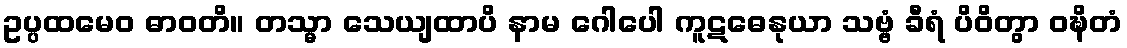
ဥပ္ပထမေဝ ဓာဝတိ။ တသ္မာ သေယျထာပိ နာမ ဂေါပေါ ကူဋဓေနုယာ သဗ္ဗံ ခီရံ ပိဝိတွာ ဝဍ္ဎိတံ